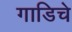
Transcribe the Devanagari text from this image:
गाडिचे